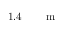
1 . 4 ~ \ensuremath { \mathrm { ~ \textrm ~ { ~ \, ~ } ~ } } \ensuremath { \mathrm { m } }